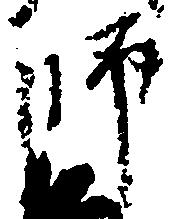
師